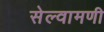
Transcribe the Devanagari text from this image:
सेल्वामणी